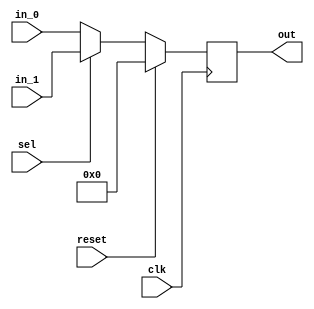
module mux_2x1 #(
    parameter DATA_WIDTH = 16,
    parameter REGISTERED = "yes"
)(
    input  wire                         clk,
    input  wire                         reset,
    input  wire [DATA_WIDTH-1:0]        in_0, 
    input  wire [DATA_WIDTH-1:0]        in_1, 
    input  wire                         sel, 
    output wire [DATA_WIDTH-1:0]        out
);

    wire [DATA_WIDTH-1:0]   mux_out;
    assign mux_out = sel ? in_1 : in_0;

generate 
    if (REGISTERED == "no" || REGISTERED == "NO") begin
        assign out = mux_out;
    end else begin
        reg  [DATA_WIDTH-1:0] mux_out_reg;
        assign out = mux_out_reg;
        always @(posedge clk) begin
            if (reset)
                mux_out_reg <= 0;
            else
                mux_out_reg <= mux_out;
        end
    end
endgenerate

endmodule